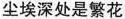
尘埃深处是繁花